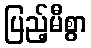
ပြည့်မီစွာ